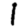
Digit: 1